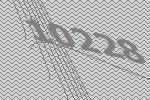
10228